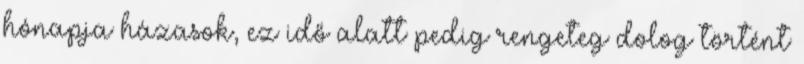
hónapja házasok, ez idő alatt pedig rengeteg dolog történt